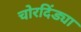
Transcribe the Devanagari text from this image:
चोरदिंड्या